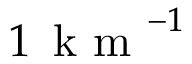
1 \, \mathrm { ~ k ~ m ~ } ^ { - 1 }